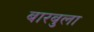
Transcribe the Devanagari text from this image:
बारबुला